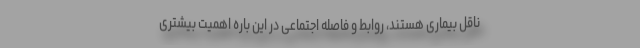
ناقل بیماری هستند، روابط و فاصله‌ اجتماعی در این باره اهمیت بیشتری